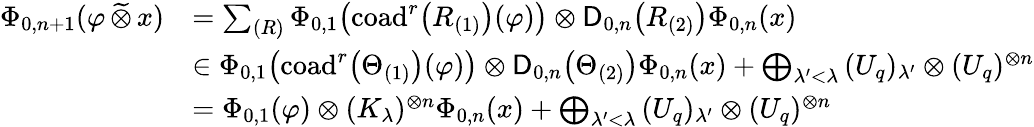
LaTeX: \begin{array}{rl}{\Phi_{0,n+1}(\varphi\, \widetilde{\otimes}\, x)}&{=\sum_{(R)}\Phi_{0,1}\! \left(\mathrm{coad}^{r}\bigl(R_{(1)}\bigr)(\varphi)\right)\otimes\mathsf{D}_{0,n}\bigl(R_{(2)}\bigr)\Phi_{0,n}(x)}\\ &{\in\Phi_{0,1}\! \left(\mathrm{coad}^{r}\bigl(\Theta_{(1)}\bigr)(\varphi)\right)\otimes\mathsf{D}_{0,n}\bigl(\Theta_{(2)}\bigr)\Phi_{0,n}(x)+\bigoplus_{\lambda^{\prime}<\lambda}\, (U_{q})_{\lambda^{\prime}}\otimes(U_{q})^{\otimes n}}\\ &{=\Phi_{0,1}(\varphi)\otimes(K_{\lambda})^{\otimes n}\Phi_{0,n}(x)+\bigoplus_{\lambda^{\prime}<\lambda}\, (U_{q})_{\lambda^{\prime}}\otimes(U_{q})^{\otimes n}}\end{array}